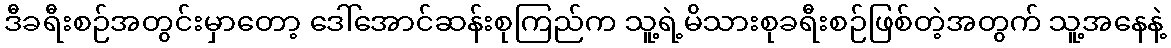
ဒီခရီးစဉ်အတွင်းမှာတော့ ဒေါ်အောင်ဆန်းစုကြည်က သူ့ရဲ့မိသားစုခရီးစဉ်ဖြစ်တဲ့အတွက် သူ့အနေနဲ့